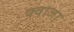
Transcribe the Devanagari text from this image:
क्वाजा